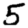
Digit: 5